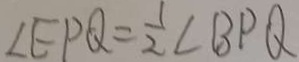
\angle E P Q = \frac { 1 } { 2 } \angle B P Q